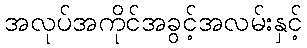
အလုပ်အကိုင်အခွင့်အလမ်းနှင့်